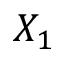
X _ { 1 }